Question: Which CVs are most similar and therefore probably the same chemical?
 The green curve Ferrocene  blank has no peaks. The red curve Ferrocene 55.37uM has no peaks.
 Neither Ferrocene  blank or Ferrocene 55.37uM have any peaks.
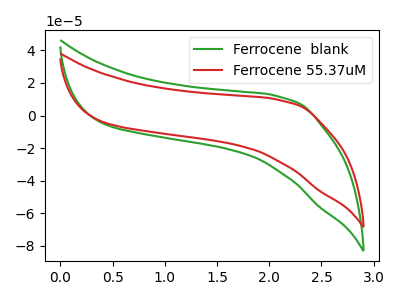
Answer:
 <answer>"Ferrocene 55.37uM" and "Ferrocene  blank" have the same shape and are likely CV's of the same chemical.</answer>
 <eval>"Ferrocene 55.37uM" "Ferrocene  blank"</eval>